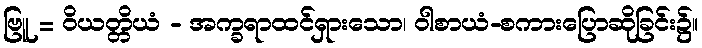
ဗြူ = ဝိယတ္တိယံ - အက္ခရာထင်ရှားသော၊ ဝါစာယံ-စကားပြောဆိုခြင်း၌။